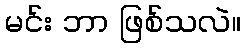
မင်း ဘာ ဖြစ်သလဲ။